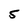
Character: 5